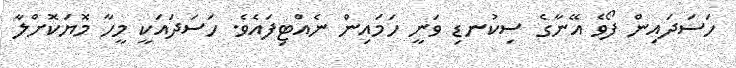
ހަސަދައިން ފޯވެ އޭނާގެ ސިކުނޑި ވަނީ ހަމައިން ނެއްޓިފައެވެ. ހަސަދައަކީ މީހާ މޮޔަކޮށްލާ